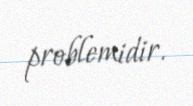
problemidir.